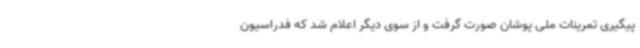
پیگیری تمرینات ملی پوشان صورت گرفت و از سوی دیگر اعلام شد که فدراسیون